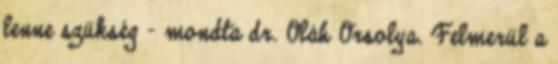
lenne szükség - mondta dr. Oláh Orsolya. Felmerül a